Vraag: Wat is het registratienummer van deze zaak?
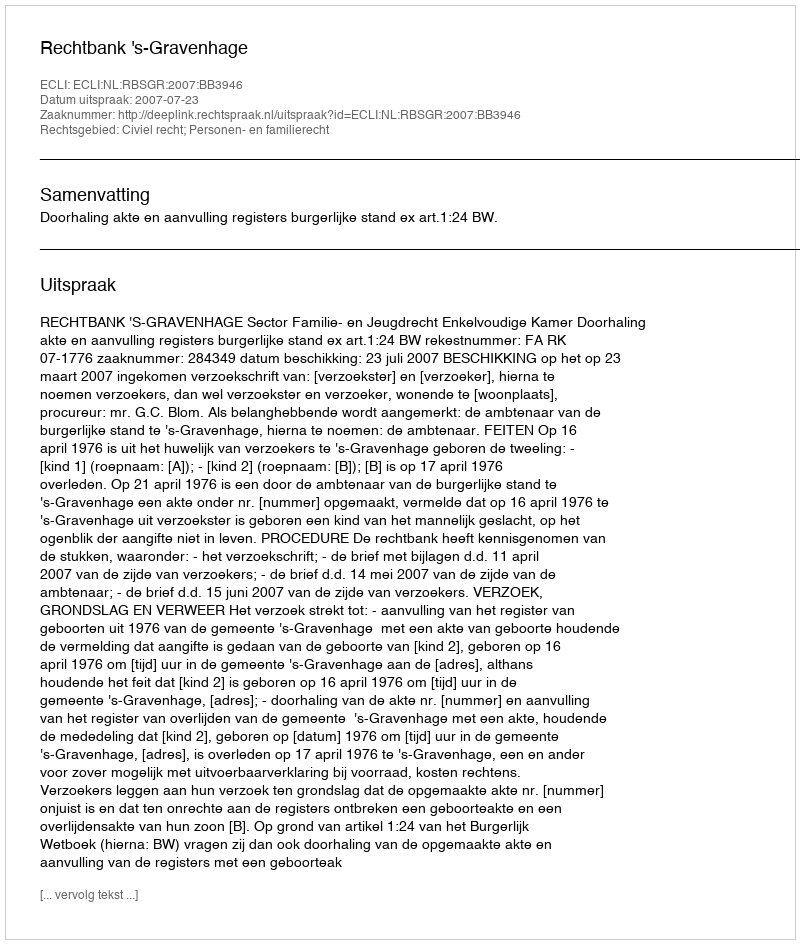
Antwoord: http://deeplink.rechtspraak.nl/uitspraak?id=ECLI:NL:RBSGR:2007:BB3946